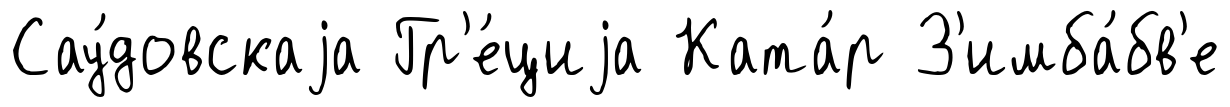
Сау́довскаjа Гр'е́циjа Ката́р З'имба́бв'е